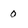
Character: 0